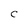
Character: C